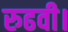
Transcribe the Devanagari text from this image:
रुढवी।